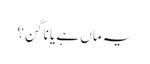
یہ ماں ہے یا ناگن؟